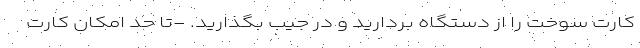
کارت سوخت را از دستگاه بردارید و در جیب بگذارید. -تا حد امکان کارت